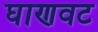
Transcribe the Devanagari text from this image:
घाणवट